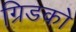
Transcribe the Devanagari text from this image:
ग्रिडको